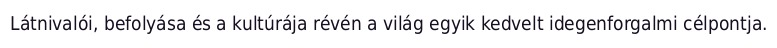
Látnivalói, befolyása és a kultúrája révén a világ egyik kedvelt idegenforgalmi célpontja.